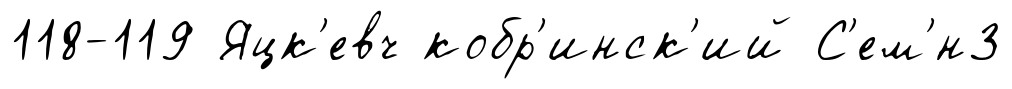
118-119 Яцк'евч кобр'инск'ий С'ем'́н3